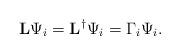
LaTeX: \begin{align*}\mathbf{L}\Psi_i=\mathbf{L}^\dagger\Psi_i=\Gamma_i\Psi_i. \end{align*}